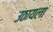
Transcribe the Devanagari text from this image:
उठायला